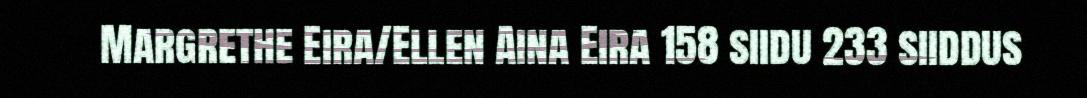
Margrethe Eira/Ellen Aina Eira 158 siidu 233 siiddus